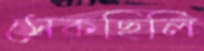
সেকছিলি